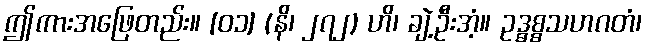
ဤကားအဖြေတည်း။ [၀၁] (နိ၊ ၂၇၂) ဟိ၊ ချဲ့ဦးအံ့။ ဥဒ္ဓစ္စသဟဂတံ၊